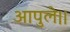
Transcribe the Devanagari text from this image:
आपुले।।